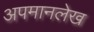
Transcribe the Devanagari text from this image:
अपमानलेख